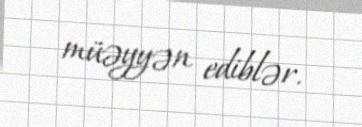
müəyyən ediblər.